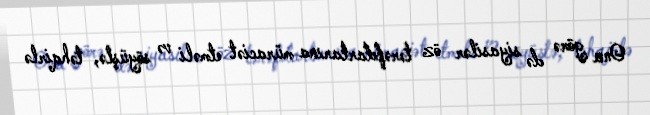
Ona görə də siyasilər öz tərəfdarlarına müraciət etməli və söyüşlə, təhqirlə